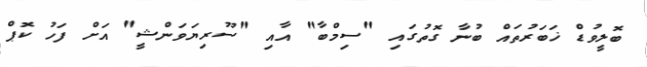
ބޮލީވުޑް ޚަބަރުތައް ބުނާ ގޮތުގައި "ސިމްބާ" އާއި "ސޫރިޔަވަންޝީ" އަށް ފަހު ކޮޕް